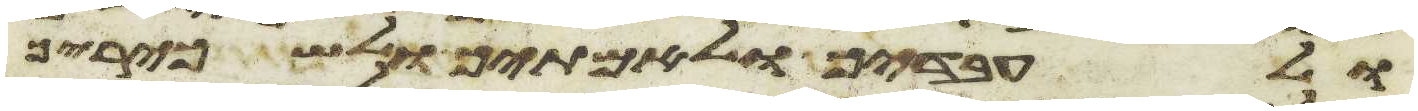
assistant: ולעבדיך ולאמתיך ולשכיריך